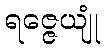
ရဇ္ဇေယျုံ